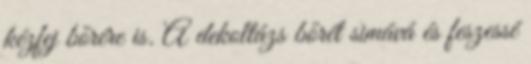
kézfej bőrére is. A dekoltázs bőrét simává és feszessé